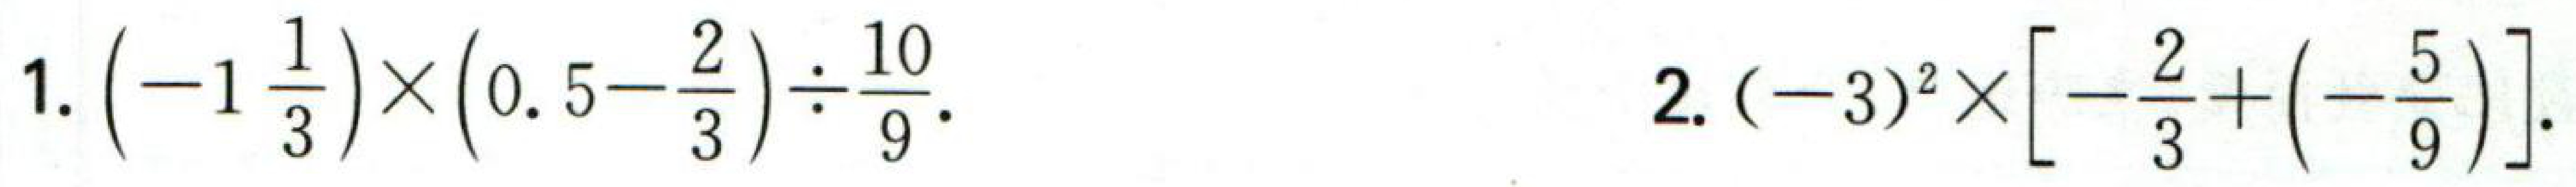
1. \(\left(-1\frac{1}{3}\right)\times\left(0.5 - \frac{2}{3}\right)\div\frac{10}{9}\).

2. \((-3)^{2}\times\left[-\frac{2}{3}+\left(-\frac{5}{9}\right)\right]\).